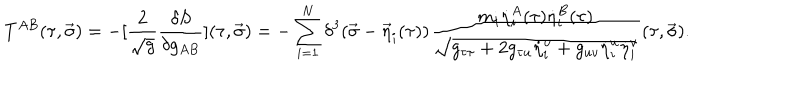
T ^ { A B } ( \tau , \vec { \sigma } ) = - [ { \frac { 2 } { \sqrt { g } } } { \frac { \delta S } { \delta g _ { A B } } } ] ( \tau , \vec { \sigma } ) = - \sum _ { i = 1 } ^ { N } \delta ^ { 3 } ( \vec { \sigma } - { \vec { \eta } } _ { i } ( \tau ) ) { \frac { m _ { i } { \dot { \eta } } _ { i } ^ { A } ( \tau ) { \dot { \eta } } _ { i } ^ { B } ( \tau ) } { \sqrt { g _ { \tau \tau } + 2 g _ { \tau u } { \dot { \eta } } _ { i } ^ { u } + g _ { u v } { \dot { \eta } } _ { i } ^ { u } { \dot { \eta } } _ { i } ^ { v } } } } ( \tau , \vec { \sigma } ) .